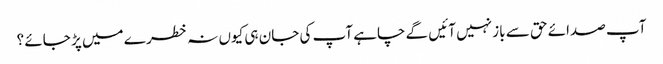
آپ صدائے حق سے باز نہیں آئیں گے چاہے آپ کی جان ہی کیوں نہ خطر ے میں پڑ جائے ؟